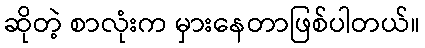
ဆိုတဲ့ စာလုံးက မှားနေတာဖြစ်ပါတယ်။